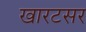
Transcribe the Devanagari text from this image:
खारटसर